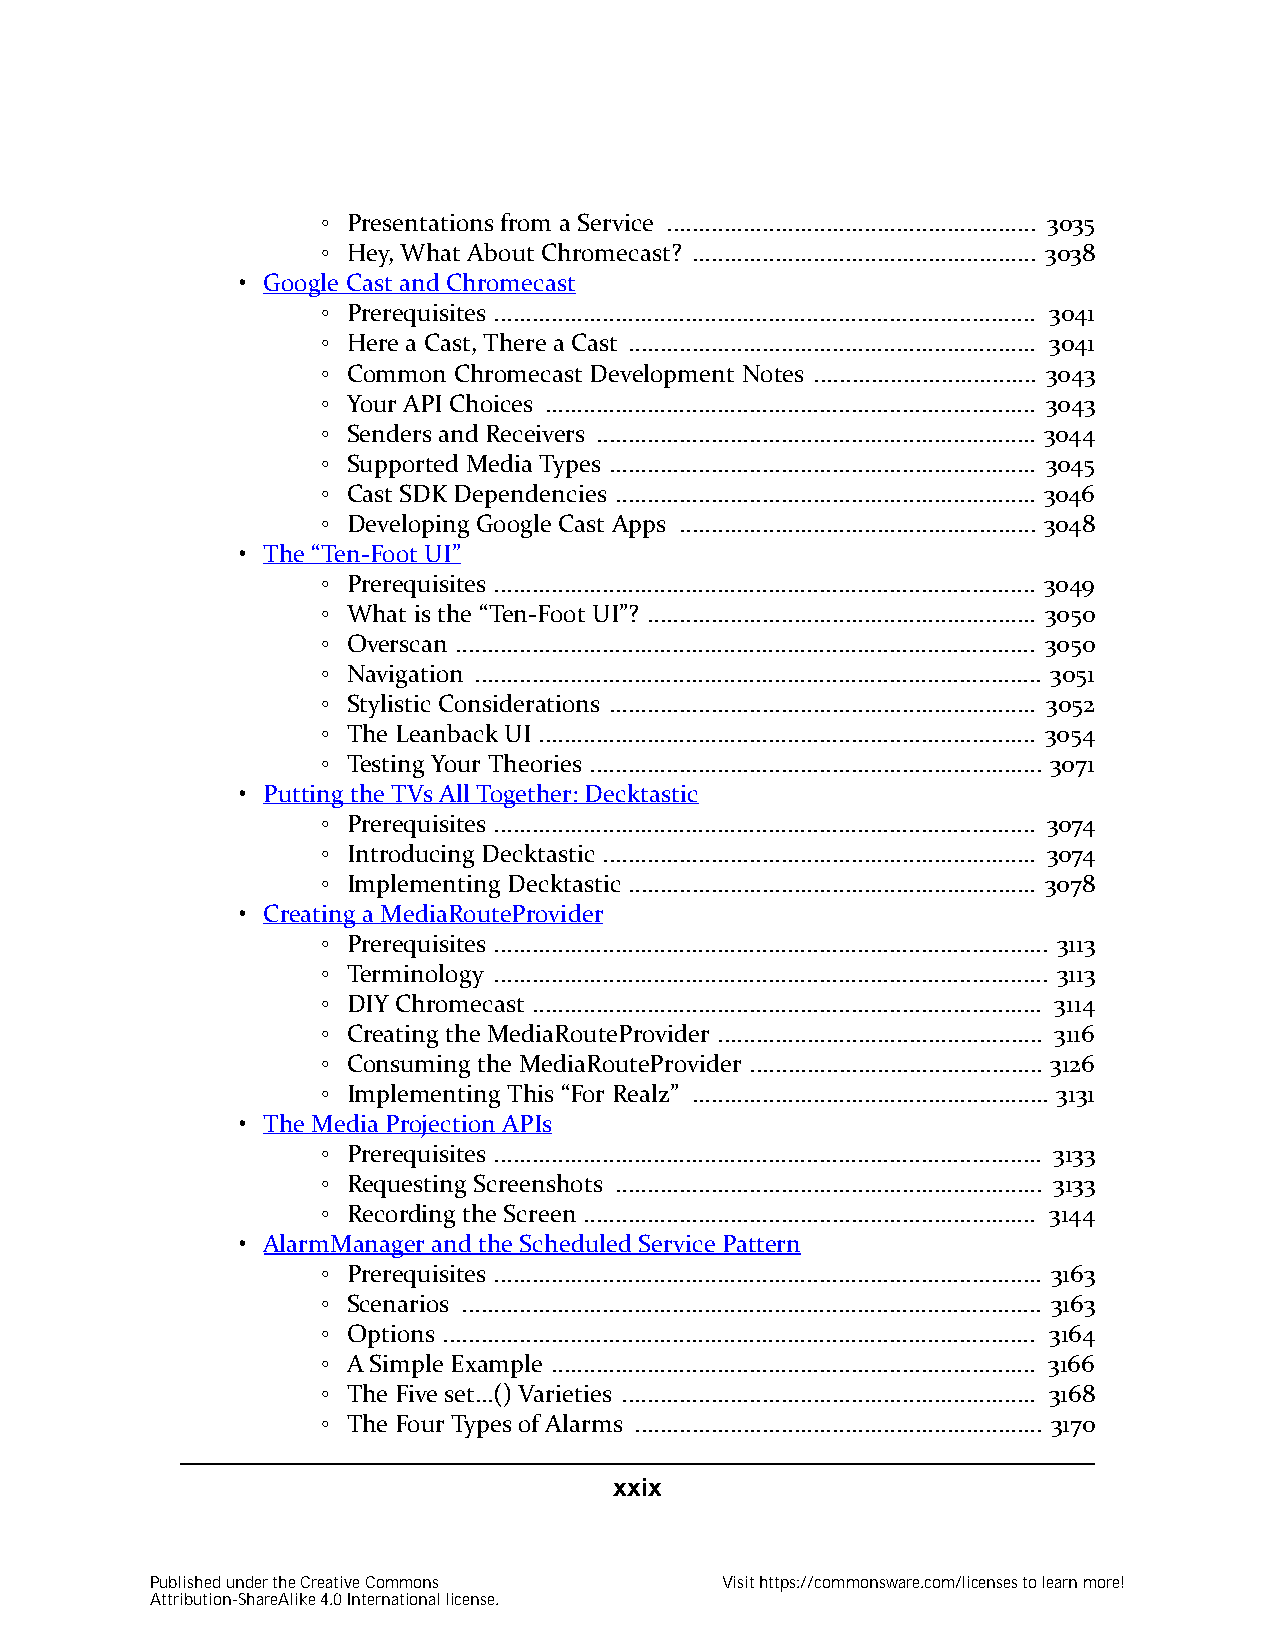
◦ Presentations from a Service .......................................................... 3035
 ◦ Hey, What About Chromecast? ...................................................... 3038
 • Google Cast and Chromecast
 ◦ Prerequisites ..................................................................................... 3041
 ◦ Here a Cast, There a Cast ................................................................ 3041
 ◦ Common Chromecast Development Notes ................................... 3043
 ◦ Your API Choices ............................................................................. 3043
 ◦ Senders and Receivers ..................................................................... 3044
 ◦ Supported Media Types ................................................................... 3045
 ◦ Cast SDK Dependencies .................................................................. 3046
 ◦ Developing Google Cast Apps ........................................................ 3048
 • The “Ten-Foot UI”
 ◦ Prerequisites ..................................................................................... 3049
 ◦ What is the “Ten-Foot UI”? ............................................................. 3050
 ◦ Overscan ........................................................................................... 3050
 ◦ Navigation ......................................................................................... 3051
 ◦ Stylistic Considerations ................................................................... 3052
 ◦ The Leanback UI .............................................................................. 3054
 ◦ Testing Your Theories ....................................................................... 3071
 • Putting the TVs All Together: Decktastic
 ◦ Prerequisites ..................................................................................... 3074
 ◦ Introducing Decktastic .................................................................... 3074
 ◦ Implementing Decktastic ................................................................ 3078
 • Creating a MediaRouteProvider
 ◦ Prerequisites ....................................................................................... 3113
 ◦ Terminology ....................................................................................... 3113
 ◦ DIY Chromecast ................................................................................ 3114
 ◦ Creating the MediaRouteProvider ................................................... 3116
 ◦ Consuming the MediaRouteProvider .............................................. 3126
 ◦ Implementing This “For Realz” ........................................................ 3131
 • The Media Projection APIs
 ◦ Prerequisites ...................................................................................... 3133
 ◦ Requesting Screenshots ................................................................... 3133
 ◦ Recording the Screen ....................................................................... 3144
 • AlarmManager and the Scheduled Service Pattern
 ◦ Prerequisites ...................................................................................... 3163
 ◦ Scenarios ........................................................................................... 3163
 ◦ Options ............................................................................................. 3164
 ◦ A Simple Example ............................................................................ 3166
 ◦ The Five set…() Varieties ................................................................. 3168
 ◦ The Four Types of Alarms ................................................................ 3170
 xxix
 Published under the Creative Commons  Visit https://commonsware.com/licenses to learn more!
 Attribution-ShareAlike 4.0 International license.